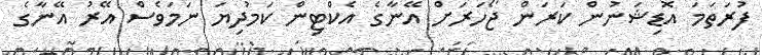
ފުރަތަމަ އޮޑިޝަނުން ކަރަން ޖޯހަރަށް އޭނާގެ އެކްޓިން ކަމުދިޔަ ނަމަވެސް އޭރު އޭނާގެ